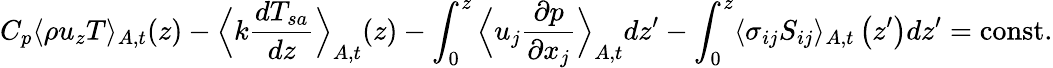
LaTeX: C_{p}\langle\rho u_{z}T\rangle_{A,t}(z)-\Big\langle k\frac{dT_{sa}}{dz}\Big\rangle_{A,t}(z)-\int_{0}^{z}\Big\langle u_{j}\frac{\partial p}{\partial x_{j}}\Big\rangle_{A,t}dz^{\prime}-\int_{0}^{z}\langle\sigma_{ij}S_{ij}\rangle_{A,t}\left(z^{\prime}\right)dz^{\prime}=\mathrm{const.}